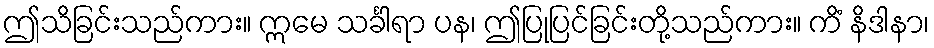
ဤသိခြင်းသည်ကား။ ဣမေ သင်္ခါရာ ပန၊ ဤပြုပြင်ခြင်းတို့သည်ကား။ ကိံ နိဒါနာ၊